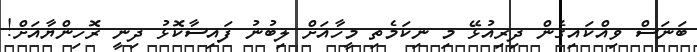
ބަނަސް ވިއްކައިގެން ދިރިއުޅޭ މި ނިކަމެތި މީހާއަށް ލިބުނު ފައިސާކޮޅު ދިނީ ރޮހިންޔާއަށް!